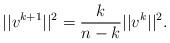
LaTeX: \begin{align*} ||v^{k+1}||^2=\frac{k}{n-k}||v^k||^2.\end{align*}